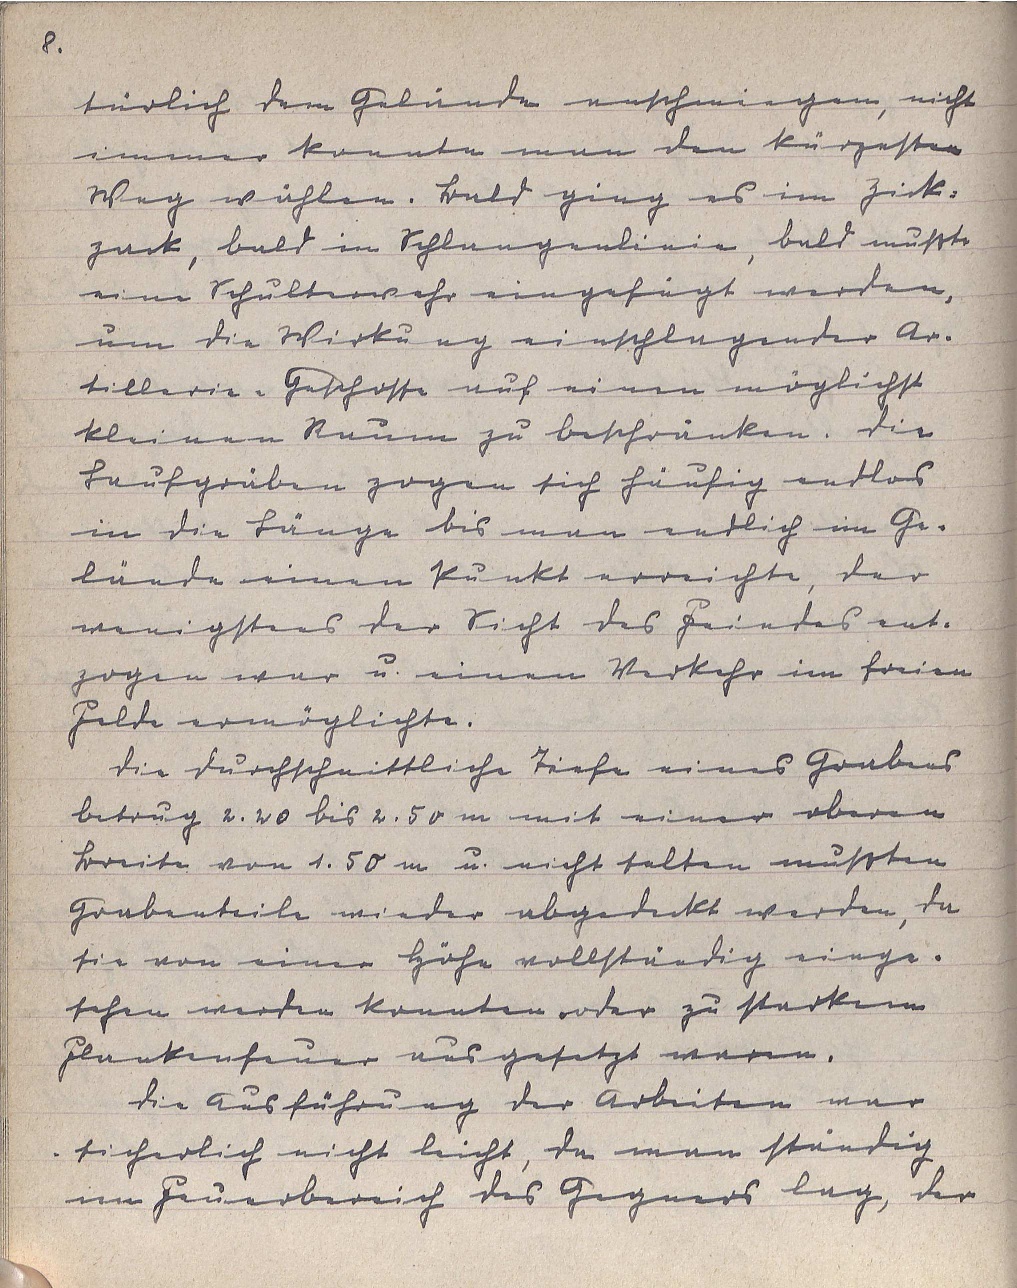
8.
türlich dem Gelände anschmiegen, nicht
immer konnte man den kürzesten
Weg wählen. Bald ging es im Zick-
zack, bald in Schlangenlinien, bald mußte
eine Schulterwehr eingefügt werden,
um die Wirkung einschlagender Ar¬
tillerie-Geschosse auf einen möglichst
kleinen Raum zu beschränken. Die
Laufgräben zogen sich häufig endlos
in die Länge bis man endlich im Ge¬
lände einen Punkt erreichte, der
wenigstens der Sicht des Feindes ent¬
zogen war u. einen Verkehr im freien
Felde ermöglichte.
Die durchschnittliche Tiefe eines Grabens
betrug 2.20 bis 2.50 m mit einer oberen
Breite von 1.50 m u. nicht selten mußten
Grabenteile wieder abgedeckt werden, da
sie von einer Höhe vollständig einge¬
sehen werden konnten oder zu starkem
Flankenfeuer ausgesetzt waren.
Die Ausführung der Arbeiten war
sicherlich nicht leicht, da man ständig
im Feuerbereich des Gegners lag, der